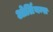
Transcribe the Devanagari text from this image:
ओर्लियन्स